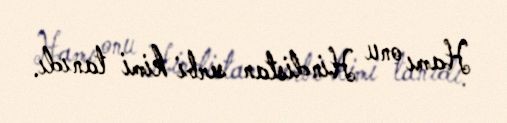
Hamı onu Hindistan serbi kimi tanıdı.